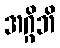
အဂ္ဂိဘိ